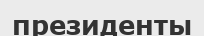
президенты